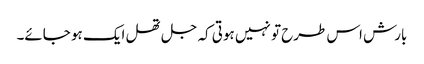
بارش اس طرح تو نہیں ہوتی کہ جل تھل ایک ہو جائے۔